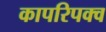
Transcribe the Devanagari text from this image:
कापरिपक्व